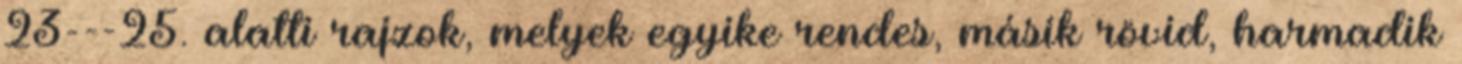
23---25. alatti rajzok, melyek egyike rendes, másik rövid, harmadik